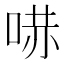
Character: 𠵢